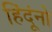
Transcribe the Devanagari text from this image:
हिंदूंनो